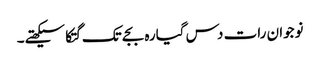
نوجوان رات دس گیارہ بجے تک گتکا سیکھتے۔